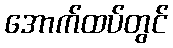
အောက်ထပ်တွင်